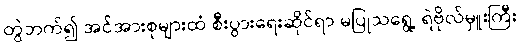
တွဲဘက်၍ အင်အားစုများထံ စီးပွားရေးဆိုင်ရာ မပြုသရွေ့ ရဲဗိုလ်မှူးကြီး